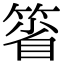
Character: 箵